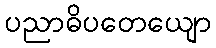
ပညာဓိပတေယျော